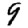
Digit: 9